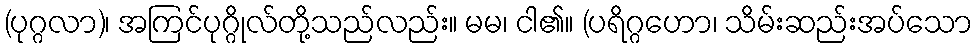
(ပုဂ္ဂလာ)၊ အကြင်ပုဂ္ဂိုလ်တို့သည်လည်း။ မမ၊ ငါ၏။ (ပရိဂ္ဂဟော၊ သိမ်းဆည်းအပ်သော